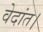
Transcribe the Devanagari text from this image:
वेदांत।